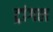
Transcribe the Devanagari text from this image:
ट्रांगल